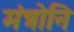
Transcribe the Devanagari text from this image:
मंत्रोनि